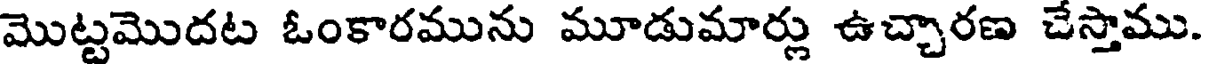
మొట్టమొదట ఓంకారమును మూడుమార్లు ఉచ్చారణ చేస్తాము.